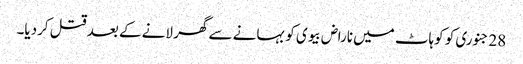
28 جنوری کو کوہاٹ میں ناراض بیوی کو بہانے سے گھر لانے کے بعد قتل کردیا۔